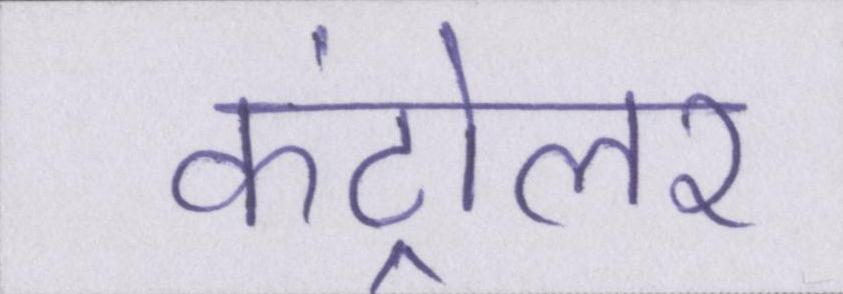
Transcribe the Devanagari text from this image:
कंट्रोलर